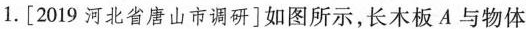
1. [2019河北省唐山市调研]如图所示，长木板A与物体